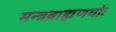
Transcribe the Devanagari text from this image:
मन्त्रब्राह्मणयोः